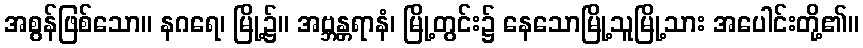
အစွန်ဖြစ်သော။ နဂရေ၊ မြို့၌။ အဗ္ဘန္တရာနံ၊ မြို့တွင်း၌ နေသောမြို့သူမြို့သား အပေါင်းတို့၏။